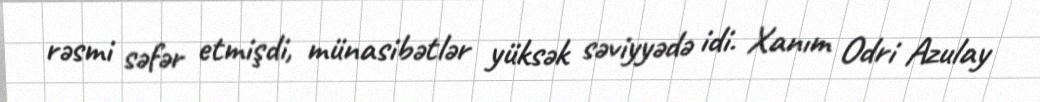
rəsmi səfər etmişdi, münasibətlər yüksək səviyyədə idi. Xanım Odri Azulay